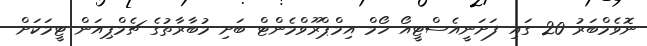
ނޮވެމްބަރު 20 ގައި ފަށަނީއެސްޓީއޯ ހޯމް އިމްޕްރޫވްމެންޓް ބަށި މުބާރާތުގެ ޗެމްޕިއަން ޓީމަކަށް